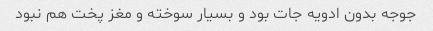
جوجه بدون ادویه جات بود و بسیار سوخته و مغز پخت هم نبود